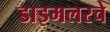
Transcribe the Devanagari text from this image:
डाइमलरचे